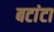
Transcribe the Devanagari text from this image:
बटांटा